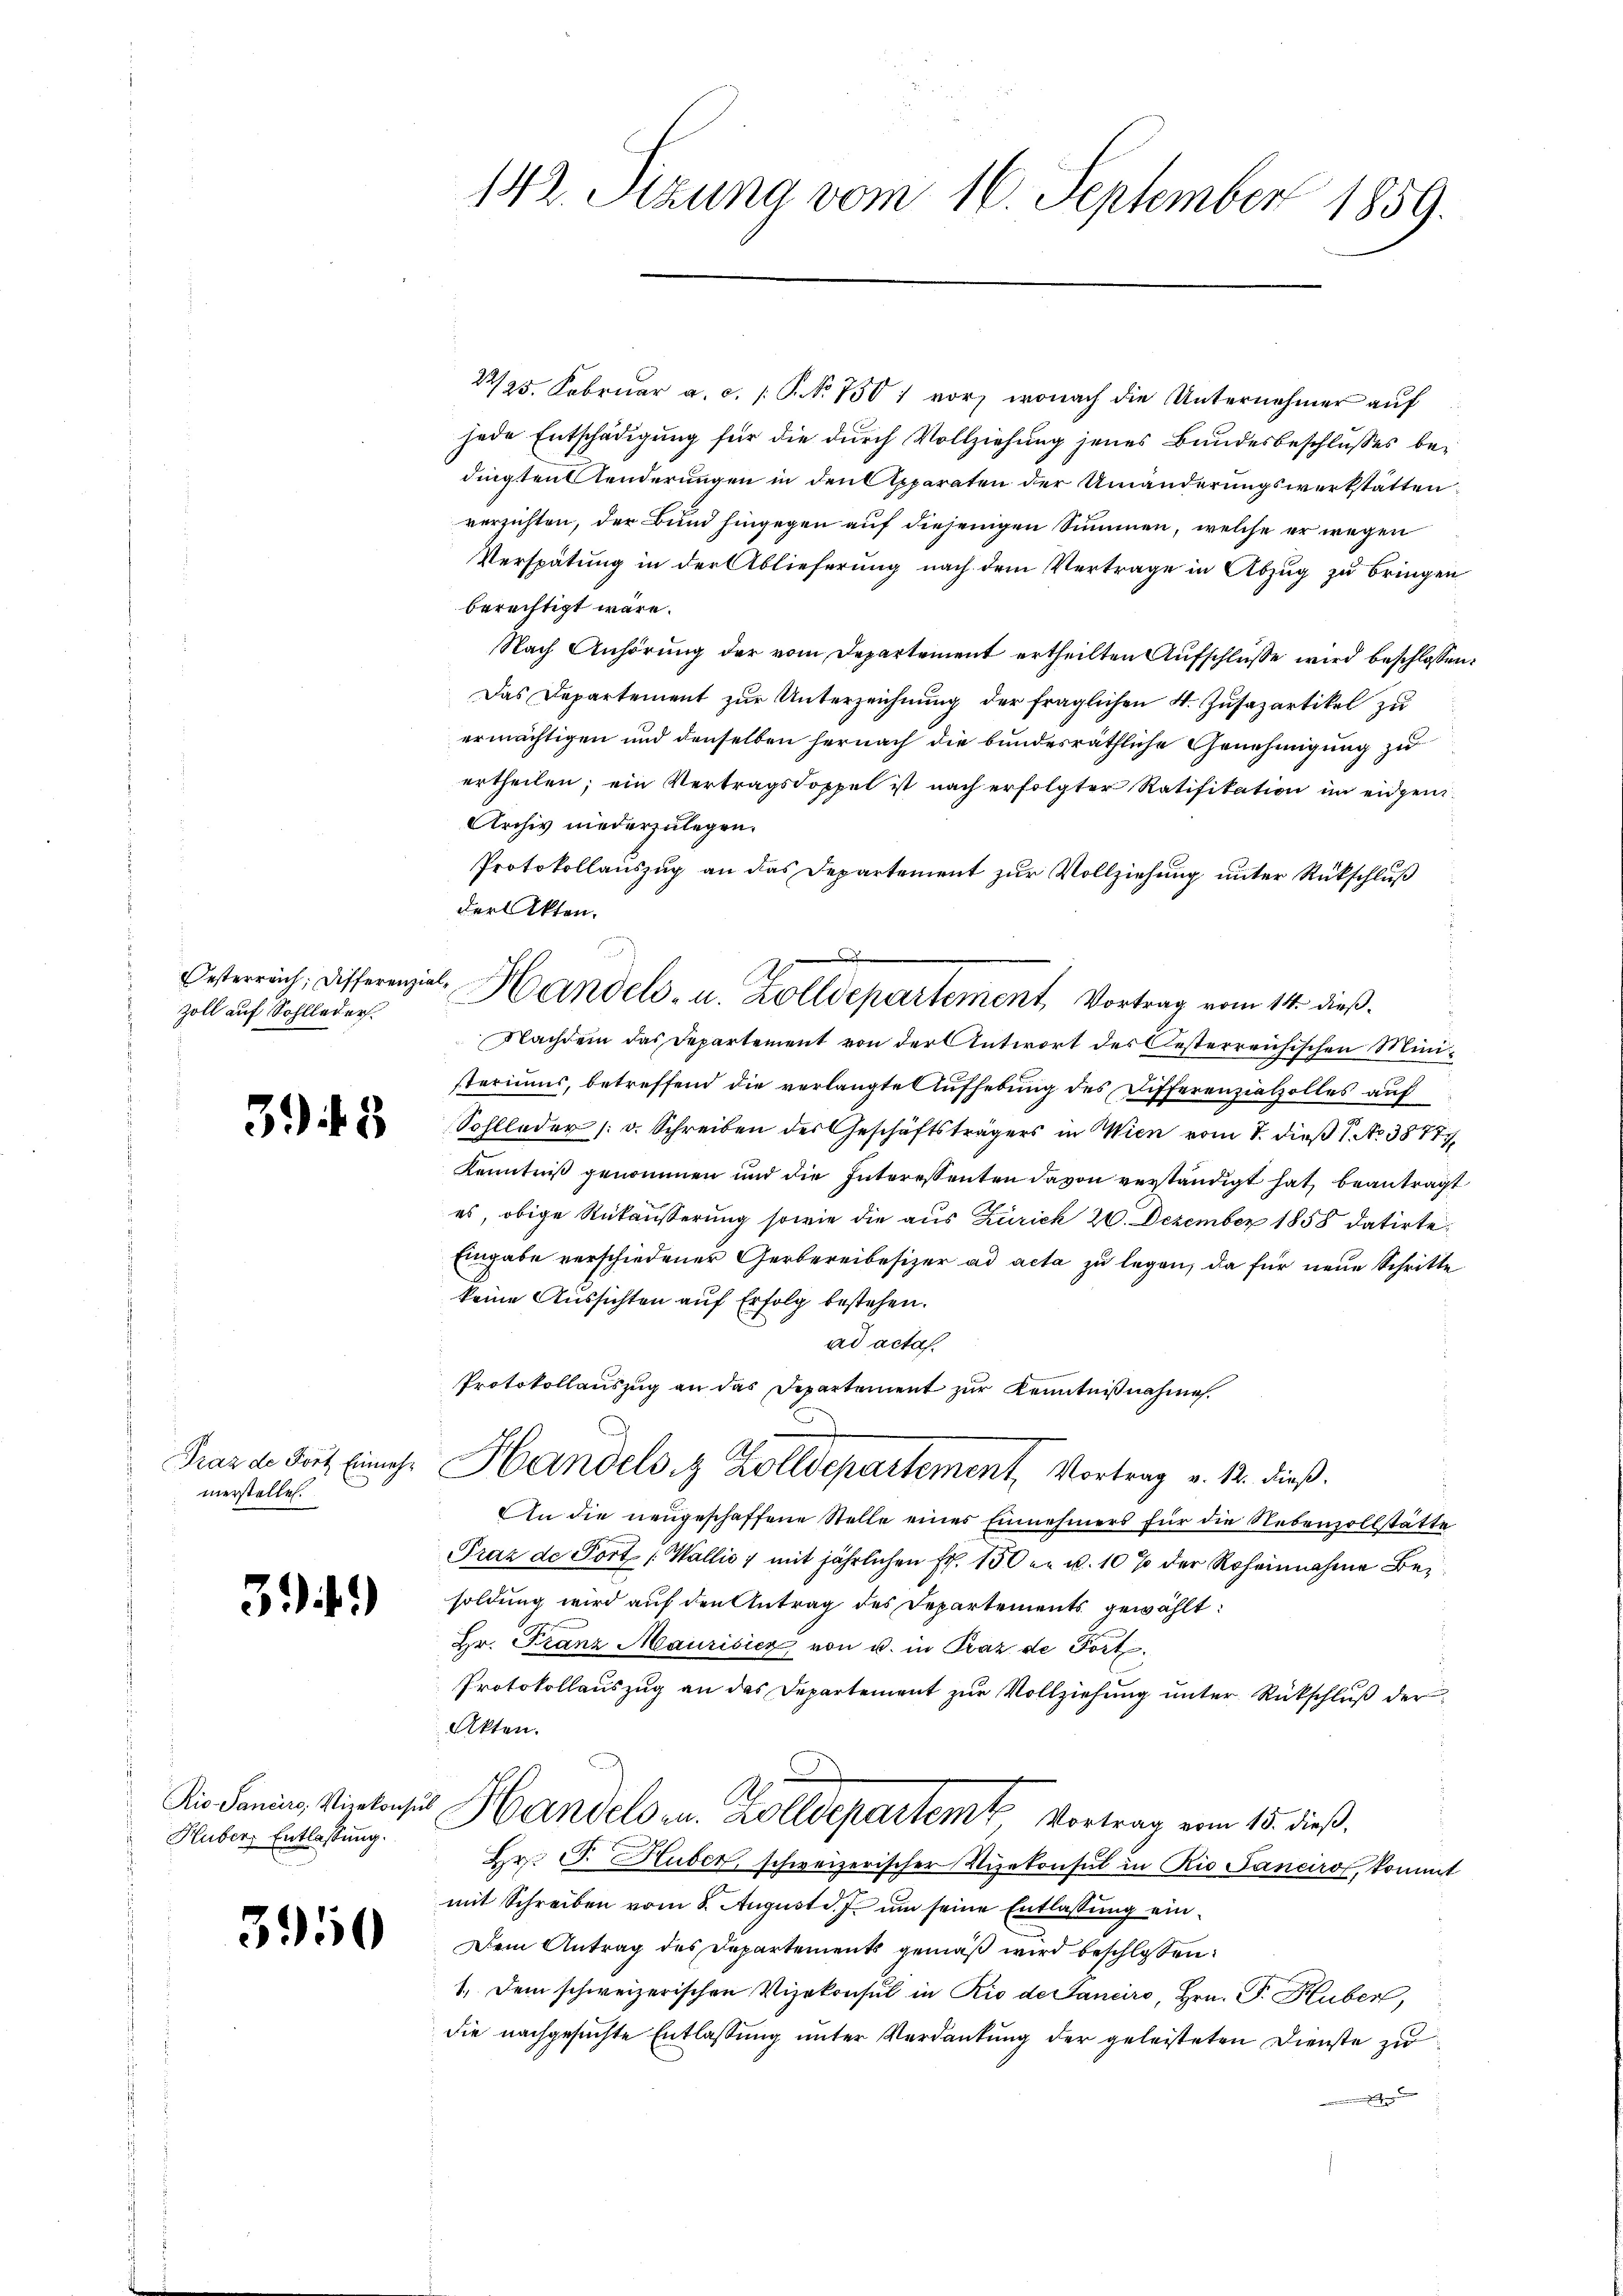
Österreich; Differenzi
Zoll auf Sohlleder.

343

Fraz de Fort Einnehmerstellen.

3.)

Ric- Sanciro, Vicekonsus
Huber Entlassung.

3950

142. Sitzung vom 16. September 1859.

24/25. Februar a. c. 1 P. No 1301 vor, wonach die Unternehmer auf
jede Entschädigung für die durch Vollziehung jenes Bundesbeschlusses bedingten enderungen in den Apparaten der Umänderungswerkstatten
verzichten, der Bund hingegen auf diejenigen Summen, welche er wegen
Verspätung in der Ablieferung nach dem Vertrage in Abzug zu bringen
berechtigt wäre.
Nach Anhörung der vom Departement ertheilten Aŭfschlüsse wird beschlossen:
Das Departement zŭr Unterzeichnŭng der fraglichen 4. Zŭsazartikel zu
ermächtigen und denselben hernach die bundesräthliche Genehmigung zu
ertheilen; ein Vertragsdoppel ist nach erfolgter Ratifikation im eidgen¬
Archiv niederzulegen.
Protokollauszug an das Departement zur Vollziehung unter Rückschluß
der Akten.
Nachdem das Departement von der Antwort des Oesterreichischen Ministeriums, betreffend die verlangte Aufhebung des Differenziatolles auf
Sohlleder (: v. Schreiben des Geschäftsträgers in Wien vom 7. dieß 1 No 38777
Kenntniß genommen und die Interessenten davon verständigt hat beantragt
es, obige Rükäusserung sowie die aus Zürich 26. Dezember 1858 datirte,
Eingabe verschiedener Gerbereibesizer ad acta zu legen, da für neue Schritte
keine Aussichten auf Erfolg bestehen.
ad acta.
Protokollauszug an das Departement zur Kenntnißnahme.
Handels z. Zolldepartement, Vortrag v. 12. dieß.
An die neugeschaffene Stelle eines Einnehmers für die Nebenzollstätte
Traz de Fort „Wallis 7 mit jährlichen Fr. 150 er v. 10 % der Roheinnahme Besoldung wird auf den Antrag des Departements gewählt:
Hr. Franz Maurisiez von u. in Praz de Fort¬
Protokollaŭszŭg an das Departement zŭr Vollziehŭng ŭnter Rückschlŭβ der
Akten.
Handels in Zolldepartemt, Vortrag vom 15. dieß.
Hr. J. Huber, schweizerischer Vizekonsul in Rio Sancirof, kommt
mit Schreiben vom 8. August d. J. um seine Entlassung ein¬
Dem Antrag des Departements gemäß wird beschlossen:
1. Dem schweizerischen Vizekonsul in Rio destanciro, Hrn. P. Huber,
die nachgesuchte Entlassung unter Verdankung der geleisteten Dienste zu
A

d. Handels- u. Zolldepartement, Vortrag vom 14. dieß.